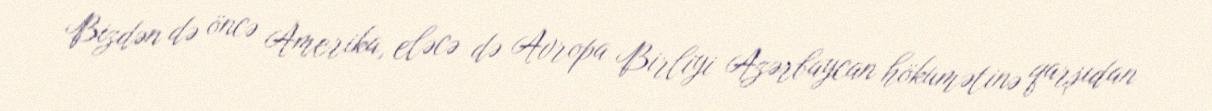
Bizdən də öncə Amerika, eləcə də Avropa Birliyi Azərbaycan hökumətinə qarşıdan